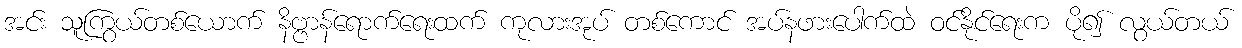
အင်း သူကြွယ်တစ်ယောက် နိဗ္ဗာန်ရောက်ရေးထက် ကုလားအုပ် တစ်ကောင် အပ်နဖားပေါက်ထဲ ဝင်နိုင်ရေးက ပို၍ လွယ်တယ်